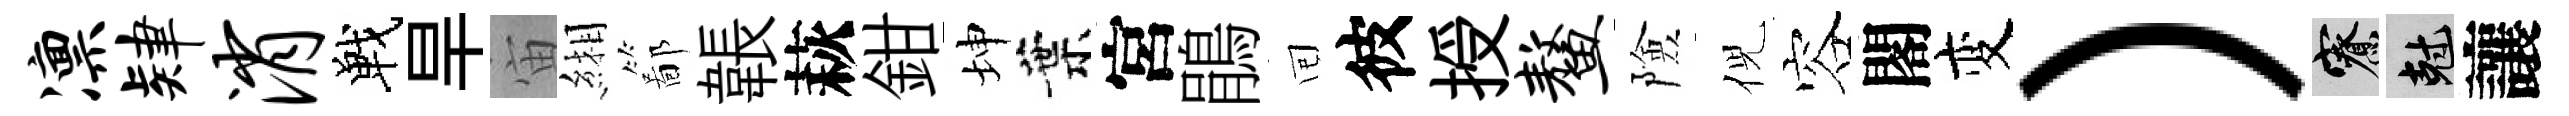
凛肄消戰旱宙緗鄙韔萩鉗坤葉宮鵑囘彼授鳌險倪容閣变）寮剋讓